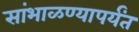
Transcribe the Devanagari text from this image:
सांभाळण्यापर्यंत